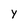
Character: y